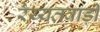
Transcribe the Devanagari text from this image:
रैय्यतवाड़ी